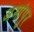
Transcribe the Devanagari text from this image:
अमांपुर